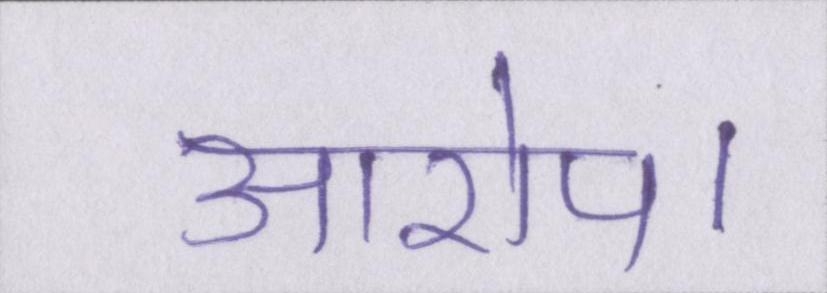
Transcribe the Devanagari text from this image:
आरोप।